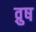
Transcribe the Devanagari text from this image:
व्रुष